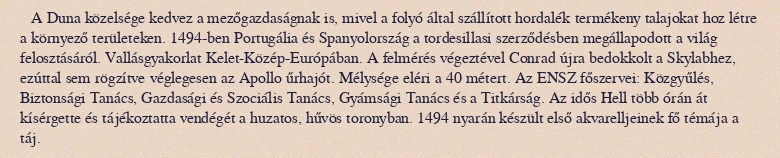
A Duna közelsége kedvez a mezőgazdaságnak is, mivel a folyó által szállított hordalék termékeny talajokat hoz létre a környező területeken. 1494-ben Portugália és Spanyolország a tordesillasi szerződésben megállapodott a világ felosztásáról. Vallásgyakorlat Kelet-Közép-Európában. A felmérés végeztével Conrad újra bedokkolt a Skylabhez, ezúttal sem rögzítve véglegesen az Apollo űrhajót. Mélysége eléri a 40 métert. Az ENSZ főszervei: Közgyűlés, Biztonsági Tanács, Gazdasági és Szociális Tanács, Gyámsági Tanács és a Titkárság. Az idős Hell több órán át kísérgette és tájékoztatta vendégét a huzatos, hűvös toronyban. 1494 nyarán készült első akvarelljeinek fő témája a táj.